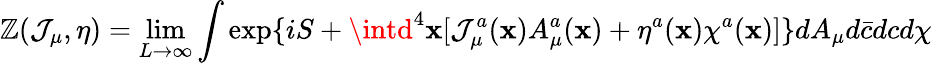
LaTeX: \mathbb{Z}(\mathcal{J}_{\mu},\eta)=\operatorname*{lim}_{L\rightarrow\infty}\int\exp\{ iS+\intd^{4}\mathbf{x}[\mathcal{J}_{\mu}^{a}(\mathbf{x})A_{\mu}^{a}(\mathbf{x})+\eta^{a}(\mathbf{x})\chi^{a}(\mathbf{x})]\} dA_{\mu}d\bar{{c}}dcd\chi